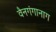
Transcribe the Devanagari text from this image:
वैनगंगानाग